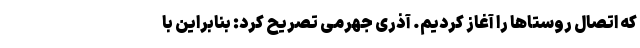
که اتصال روستاها را آغاز کردیم. آذری جهرمی تصریح کرد: بنابراین با